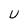
Character: U